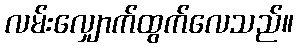
လမ်းလျှောက်ထွက်လေသည်။